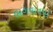
ભગવાનપર